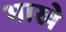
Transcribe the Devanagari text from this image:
भाखे